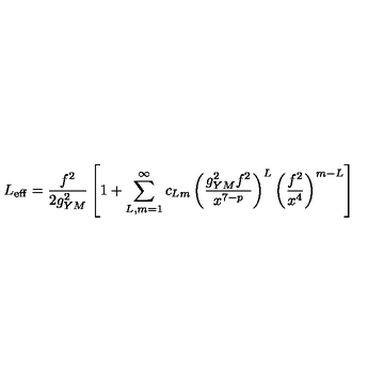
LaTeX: L _ { \mathrm { e f f } } = { \frac { f ^ { 2 } } { 2 g _ { Y M } ^ { 2 } } } \left[ 1 + \sum _ { L , m = 1 } ^ { \infty } c _ { L m } \left( { \frac { g _ { Y M } ^ { 2 } f ^ { 2 } } { x ^ { 7 - p } } } \right) ^ { L } \left( { \frac { f ^ { 2 } } { x ^ { 4 } } } \right) ^ { m - L } \right]